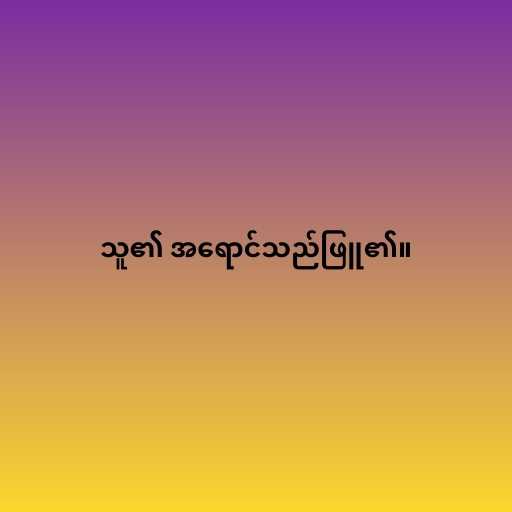
သူ၏ အရောင်သည်ဖြူ၏။